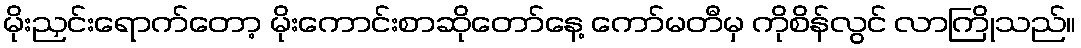
မိုးညှင်းရောက်တော့ မိုးကောင်းစာဆိုတော်နေ့ ကော်မတီမှ ကိုစိန်လွင် လာကြိုသည်။